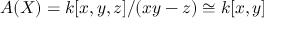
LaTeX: A ( X ) = k [ x , y , z ] / ( x y - z ) \cong k [ x , y ]